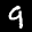
Label: 9